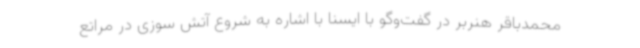
محمدباقر هنربر در گفت‌وگو با ایسنا با اشاره به شروع آتش سوزی در مراتع